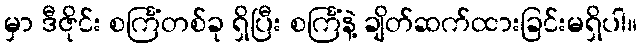
မှာ ဒီဇိုင်း စင်္ကြံတစ်ခု ရှိပြီး စင်္ကြံနဲ့ ချိတ်ဆက်ထားခြင်းမရှိပါ။